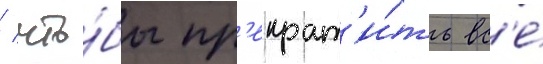
/ что́бы пр'екрат'и́ть вс'е́